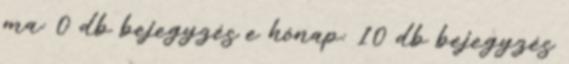
ma: 0 db bejegyzés e hónap: 10 db bejegyzés